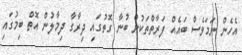
އެހެން ނަމަވެސް ބައެއް ފަރާތްތަކުން ބުނާ ގޮތުގައި ދިރާގާ ދިމާލުން އޮތް ބިމުގައި